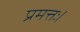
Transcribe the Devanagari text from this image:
प्रमत्तः।